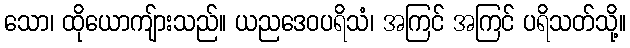
သော၊ ထိုယောကျ်ားသည်။ ယညဒေဝပရိသံ၊ အကြင် အကြင် ပရိသတ်သို့။